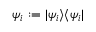
\psi _ { i } : = | \psi _ { i } \rangle \langle \psi _ { i } |